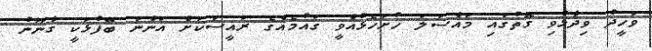
ވަހީދު ވިދާޅުވި ގޮތުގައި މައްސަލަ ހުށަހެޅުއްވީ ގައުމެއްގެ ރައީސަކަށް އަންނަ ބޭފުޅަކީ ގާނޫނު